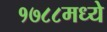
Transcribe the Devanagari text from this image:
१७८८मध्ये